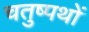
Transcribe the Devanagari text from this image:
चतुष्पथों